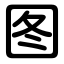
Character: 图